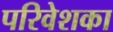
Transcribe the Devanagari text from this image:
परिवेशका